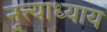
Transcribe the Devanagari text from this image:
नृत्त्याध्याय